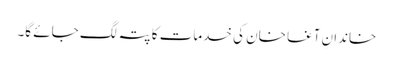
خاندانِ آغا خان کی خدمات کا پتہ لگ جائے گا۔